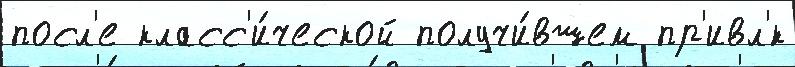
посл'е класс'и́ческой получи́вшем пр'ивл'́к